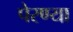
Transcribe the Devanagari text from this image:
पेरण्या